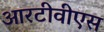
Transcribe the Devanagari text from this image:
आरटीवीएस